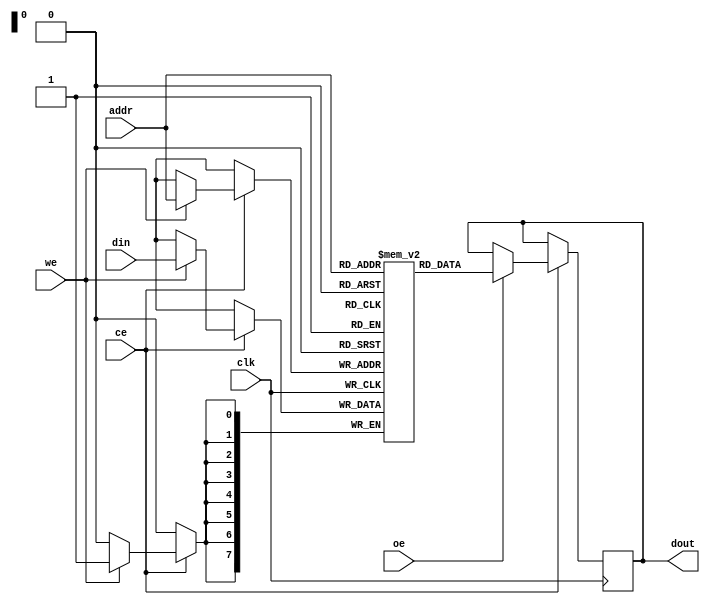
module io_blocks_cache_sram #(
    parameter DATA_WIDTH = 8,    // Width of data bus
    parameter ADDR_WIDTH = 8,    // Width of address bus
    parameter MEM_DEPTH = 256     // Depth of memory
)(
    input wire clk,               // Clock signal
    input wire ce,                // Chip enable
    input wire we,                // Write enable
    input wire oe,                // Output enable
    input wire [ADDR_WIDTH-1:0] addr, // Address input
    input wire [DATA_WIDTH-1:0] din,   // Data input
    output reg [DATA_WIDTH-1:0] dout   // Data output
);

    // Memory array (2D array for rows and columns)
    reg [DATA_WIDTH-1:0] mem [0:MEM_DEPTH-1];

    // Read and Write operations
    always @(posedge clk) begin
        if (ce) begin
            if (we) begin
                // Write operation
                mem[addr] <= din; // Write data to memory
            end
            if (oe) begin
                // Read operation
                dout <= mem[addr]; // Read data from memory
            end
        end
    end

endmodule